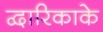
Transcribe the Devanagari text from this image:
द्वारिकाके